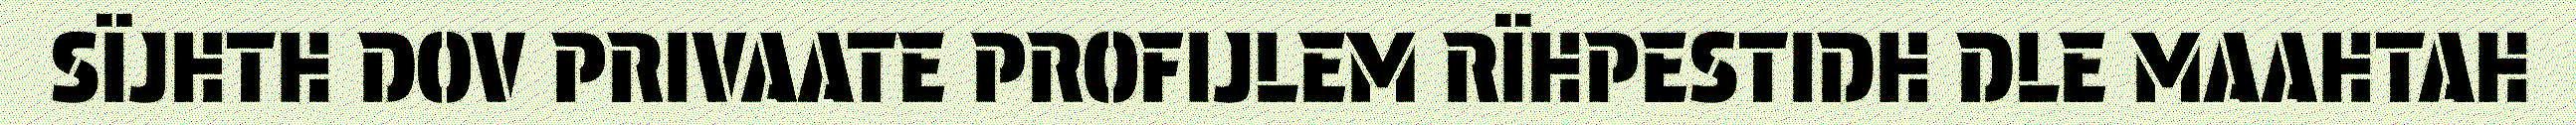
SÏJHTH DOV PRIVAATE PROFIJLEM RÏHPESTIDH DLE MAAHTAH